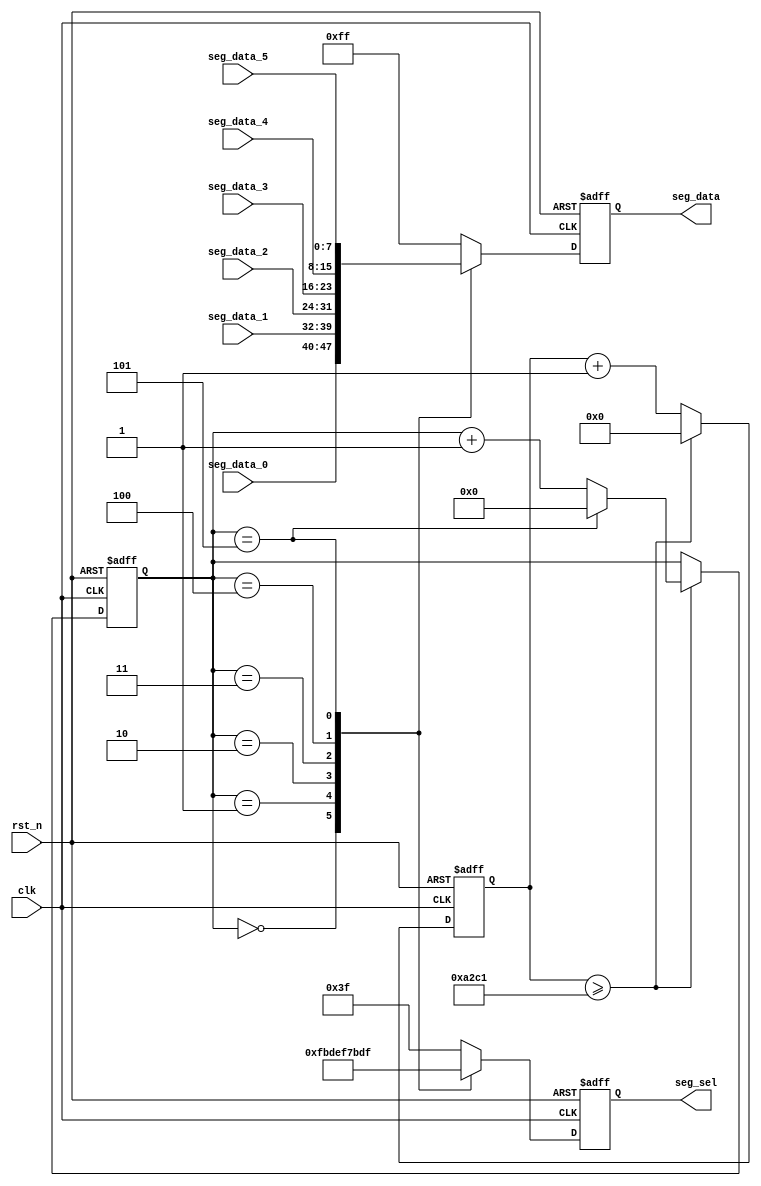
module seg_scan(
	input           clk,
	input           rst_n,
	output reg[5:0] seg_sel,      //digital led chip select
	output reg[7:0] seg_data,     //eight segment digital tube output,MSB is the decimal point
	input[7:0]      seg_data_0,
	input[7:0]      seg_data_1,
	input[7:0]      seg_data_2,
	input[7:0]      seg_data_3,
	input[7:0]      seg_data_4,
	input[7:0]      seg_data_5
);
parameter SCAN_FREQ = 200;     //scan frequency
parameter CLK_FREQ = 50000000; //clock frequency

parameter SCAN_COUNT = CLK_FREQ /(SCAN_FREQ * 6) - 1;

reg[31:0] scan_timer;  //scan time counter
reg[3:0] scan_sel;     //Scan select counter
always@(posedge clk or negedge rst_n)
begin
	if(rst_n == 1'b0)
	begin
		scan_timer <= 32'd0;
		scan_sel <= 4'd0;
	end
	else if(scan_timer >= SCAN_COUNT)
	begin
		scan_timer <= 32'd0;
		if(scan_sel == 4'd5)
			scan_sel <= 4'd0;
		else
			scan_sel <= scan_sel + 4'd1;
	end
	else
		begin
			scan_timer <= scan_timer + 32'd1;
		end
end
always@(posedge clk or negedge rst_n)
begin
	if(rst_n == 1'b0)
	begin
		seg_sel <= 6'b111111;
		seg_data <= 8'hff;
	end
	else
	begin
		case(scan_sel)
			//first digital led
			4'd0:
			begin
				seg_sel <= 6'b11_1110;
				seg_data <= seg_data_0;
			end
			//second digital led
			4'd1:
			begin
				seg_sel <= 6'b11_1101;
				seg_data <= seg_data_1;
			end
			//...
			4'd2:
			begin
				seg_sel <= 6'b11_1011;
				seg_data <= seg_data_2;
			end
			4'd3:
			begin
				seg_sel <= 6'b11_0111;
				seg_data <= seg_data_3;
			end
			4'd4:
			begin
				seg_sel <= 6'b10_1111;
				seg_data <= seg_data_4;
			end
			4'd5:
			begin
				seg_sel <= 6'b01_1111;
				seg_data <= seg_data_5;
			end
			default:
			begin
				seg_sel <= 6'b11_1111;
				seg_data <= 8'hff;
			end
		endcase
	end
end

endmodule